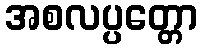
အစလပ္ပတ္တော